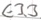
Text: E3.3